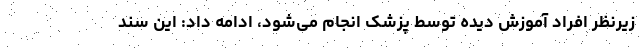
زیرنظر افراد آموزش دیده توسط پزشک انجام می‌شود، ادامه داد: این سند